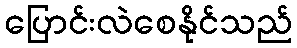
ပြောင်းလဲစေနိုင်သည်